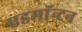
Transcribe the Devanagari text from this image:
एडमाॅन्टन